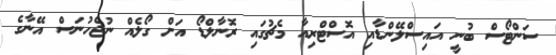
ސަންޓޯސް ބުނީ އައިސްލޭންޑާއި އޮސްޓްރިއާ މެޗުގައި ރޮނާލްޑޯ އަށް ގޯލެއް ނުޖެހުނަސް އޭނާގެ